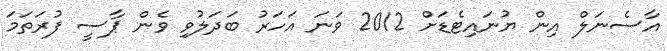
އާސެނަލް އިން ޔުނައިޓެޑަށް 2012 ވަނަ އަހަރު ބަދަލުވި ވެން ޕާސީ ފުރަތަމަ